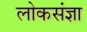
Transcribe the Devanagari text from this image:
लोकसंज्ञा